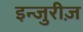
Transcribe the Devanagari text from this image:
इन्जुरीज़